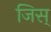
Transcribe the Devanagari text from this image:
जिस्